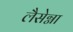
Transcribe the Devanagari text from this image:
लैसेग्ना